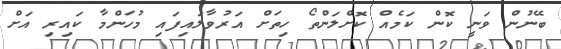
ބޭނުން ވަނީ ކޮން ކަމެއް ކޮށްލަންތޯ ހިތަށް އަރުވާލައިފައި މުހަންމާ ކައިރި އަށް